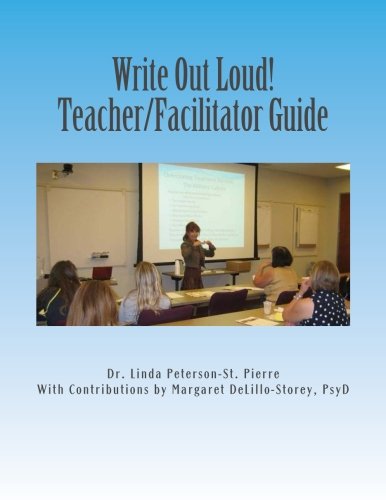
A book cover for Write Out Loud! Teacher/Facilitator Guide: A Journaling Workshop to Reconnect Military Families; Dr. Linda Peterson-St. Pierre PhD; Parenting & Relationships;